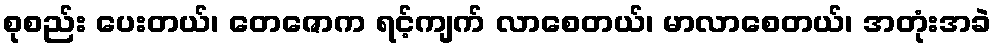
စုစည်း ပေးတယ်၊ တေဇောက ရင့်ကျက် လာစေတယ်၊ မာလာစေတယ်၊ အတုံးအခဲ